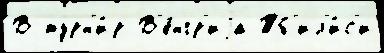
В турн'и́р В'е́нгр'иjа Тб'ил'и́с'и